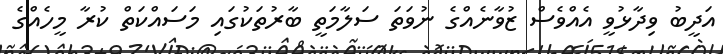
އަދީބު ވިދާޅުވީ އެއްވެސް ޒުވާނެއްގެ ނުވަތަ ސަލާމަތީ ބާރުތަކުގައި މަސައްކަތް ކުރާ މީހެއްގެ